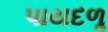
પાયદળૢ